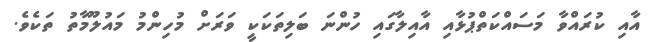
އާއި ކުރައްވާ މަސައްކަތްޕުޅާއި އާއިލާގައި ހުންނަ ބަލިތަކަކީ ވަރަށް މުހިންމު މައުލޫމާތު ތަކެވެ.